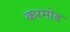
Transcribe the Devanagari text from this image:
करमोड